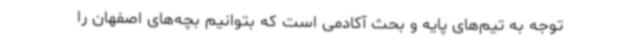
توجه به تیم‌های پایه و بحث آکادمی است که بتوانیم بچه‌های اصفهان را